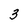
Character: 3